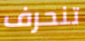
تنحرف